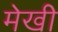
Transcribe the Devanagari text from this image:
मेखी